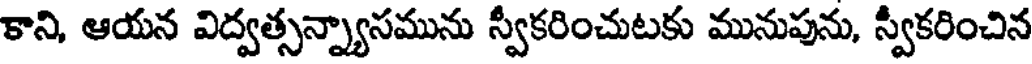
కాని, ఆయన విద్వత్సన్న్యాసమును స్వీకరించుటకు మునుపును, స్వీకరించిన